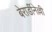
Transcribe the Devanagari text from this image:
बेरार्डीनेल्ली